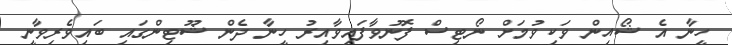
ހީނާ އެ ޝޯއިން ވަކިވުމަށް ނޯޓިސް ފޮނުވާފައިވާއިރު ހީނާ ދެން ޝޫޓިންގައި ބައިވެރިވާނީ